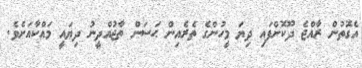
އެގޮތުން ރާއްޖެ ދޫކޮށްފައި ދިޔަ މީހުންގެ ތެރެއިން ޙަސަން ތާޖުއްދީނު ދިޔައީ މައްކާއަށެވެ.